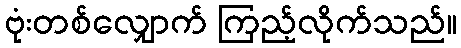
ဗုံးတစ်လျှောက် ကြည့်လိုက်သည်။